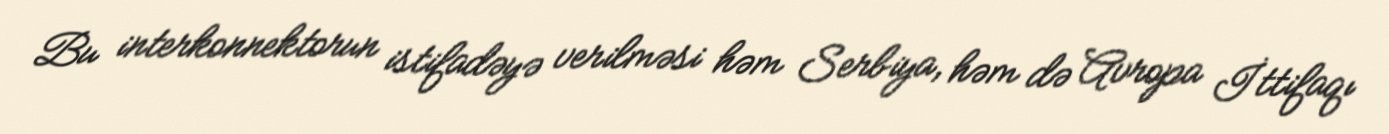
Bu interkonnektorun istifadəyə verilməsi həm Serbiya, həm də Avropa İttifaqı